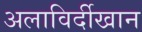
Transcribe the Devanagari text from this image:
अलाविर्दीखान